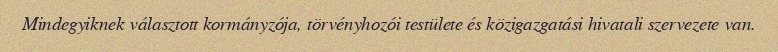
Mindegyiknek választott kormányzója, törvényhozói testülete és közigazgatási hivatali szervezete van.